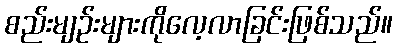
စည်းမျဉ်းများကိုလေ့လာခြင်းဖြစ်သည်။